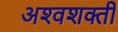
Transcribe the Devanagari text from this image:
अश्‍वशक्ती